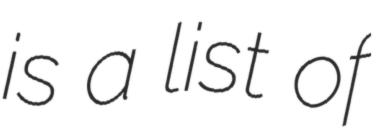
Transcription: is a list of